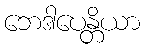
ဘေဒါပေန္တိယာ